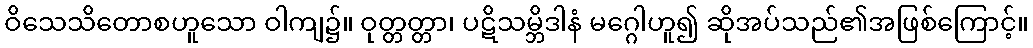
ဝိသေသိတောစဟူသော ဝါကျ၌။ ဝုတ္တတ္တာ၊ ပဋိသမ္ဘိဒါနံ မဂ္ဂေါဟူ၍ ဆိုအပ်သည်၏အဖြစ်ကြောင့်။